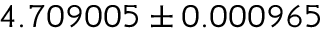
4 . 7 0 9 0 0 5 \pm 0 . 0 0 0 9 6 5